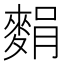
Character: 𪌭